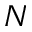
N